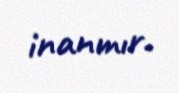
inanmır.